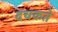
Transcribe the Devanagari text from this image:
दचकते